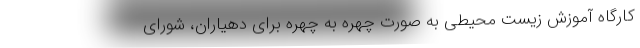
کارگاه آموزش زیست محیطی به صورت چهره به چهره برای دهیاران، شورای